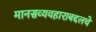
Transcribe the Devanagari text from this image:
मानसव्यवहाराबद्दलचे